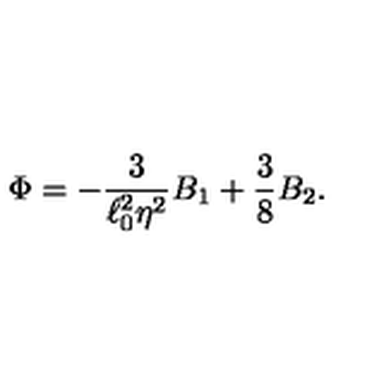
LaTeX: \Phi = - { \frac { 3 } { \ell _ { 0 } ^ { 2 } \eta ^ { 2 } } } B _ { 1 } + { \frac { 3 } { 8 } } B _ { 2 } .